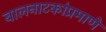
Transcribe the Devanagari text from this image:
बालनाटकांप्रमाणे